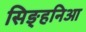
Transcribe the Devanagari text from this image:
सिङ्हनिआ